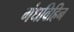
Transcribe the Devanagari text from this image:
गंधविहिन